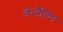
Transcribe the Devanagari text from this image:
डेल्टैलिन